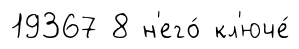
19367 8 н'его́ кл'юче́